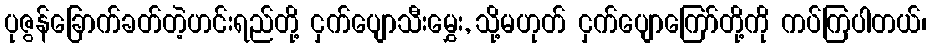
ပုဇွန်ခြောက်ခတ်တဲ့ဟင်းရည်တို့ ငှက်ပျောသီးမွှေး, သို့မဟုတ် ငှက်ပျောကြော်တို့ကို ကပ်ကြပါတယ်၊